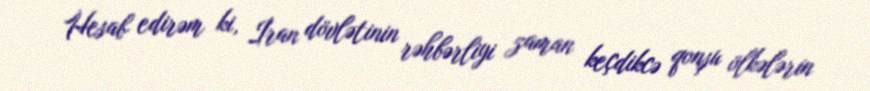
Hesab edirəm ki, İran dövlətinin rəhbərliyi zaman keçdikcə qonşu ölkələrin